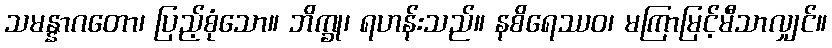
သမန္နာဂတော၊ ပြည့်စုံသော။ ဘိက္ခု၊ ရဟန်းသည်။ နစိရေဿဝ၊ မကြာမြင့်မီသာလျှင်။